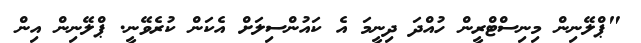
"ޕްލޭނިން މިނިސްޓްރީން ހުއްދަ ދިނީމަ އެ ކައުންސިލަށް އެކަން ކުރެވޭނީ. ޕްލޭނިން އިން